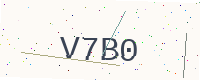
Text: V7B0